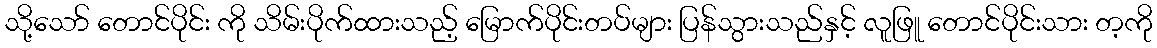
သို့သော် တောင်ပိုင်း ကို သိမ်းပိုက်ထားသည့် မြောက်ပိုင်းတပ်များ ပြန်သွားသည်နှင့် လူဖြူ တောင်ပိုင်းသား တ့ကို